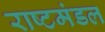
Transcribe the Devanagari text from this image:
राष्टमंडल